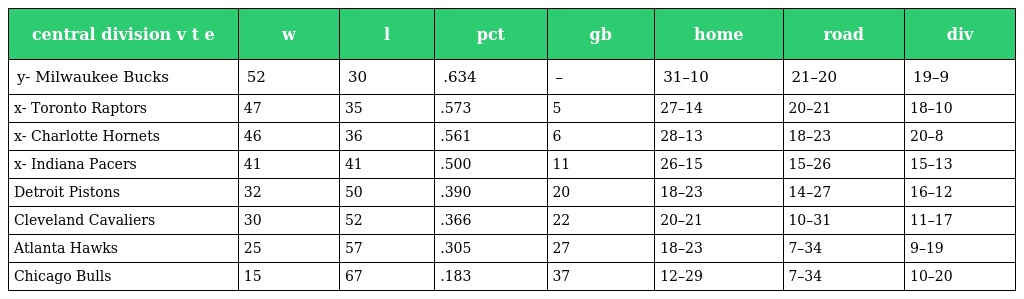
| central division v t e | w | l | pct | gb | home | road | div |
 | --- | --- | --- | --- | --- | --- | --- | --- |
 | y- Milwaukee Bucks | 52 | 30 | .634 | – | 31–10 | 21–20 | 19–9 |
 | x- Toronto Raptors | 47 | 35 | .573 | 5 | 27–14 | 20–21 | 18–10 |
 | x- Charlotte Hornets | 46 | 36 | .561 | 6 | 28–13 | 18–23 | 20–8 |
 | x- Indiana Pacers | 41 | 41 | .500 | 11 | 26–15 | 15–26 | 15–13 |
 | Detroit Pistons | 32 | 50 | .390 | 20 | 18–23 | 14–27 | 16–12 |
 | Cleveland Cavaliers | 30 | 52 | .366 | 22 | 20–21 | 10–31 | 11–17 |
 | Atlanta Hawks | 25 | 57 | .305 | 27 | 18–23 | 7–34 | 9–19 |
 | Chicago Bulls | 15 | 67 | .183 | 37 | 12–29 | 7–34 | 10–20 |